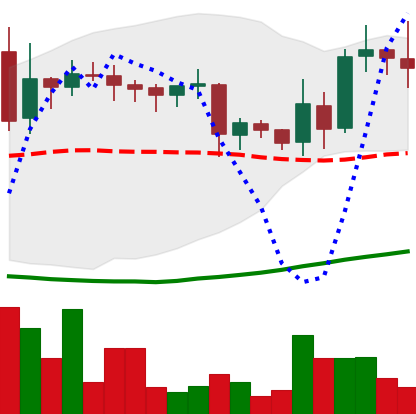
Ticker: LINK-USD
Chart end date: 2019-03-30
Forward return: 9.703%
Label: up_7plus